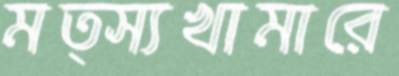
মত্স্যখামারে